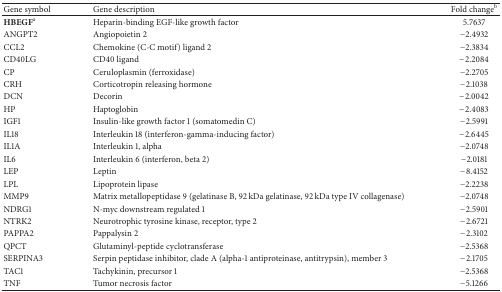
<table><thead><tr><td><b>Gene symbol</b></td><td><b>Gene description</b></td><td><b>Fold change<sup>b</sup></b></td></tr></thead><tbody><tr><td><b>HBEGF</b><sup>a</sup></td><td>Heparin-binding EGF-like growth factor</td><td>5.7637</td></tr><tr><td>ANGPT2</td><td>Angiopoietin 2</td><td>−2.4932</td></tr><tr><td>CCL2</td><td>Chemokine (C-C motif) ligand 2</td><td>−2.3834</td></tr><tr><td>CD40LG</td><td>CD40 ligand</td><td>−2.2084</td></tr><tr><td>CP</td><td>Ceruloplasmin (ferroxidase)</td><td>−2.2705</td></tr><tr><td>CRH</td><td>Corticotropin releasing hormone</td><td>−2.1038</td></tr><tr><td>DCN</td><td>Decorin</td><td>−2.0042</td></tr><tr><td>HP</td><td>Haptoglobin</td><td>−2.4083</td></tr><tr><td>IGF1</td><td>Insulin-like growth factor 1 (somatomedin C)</td><td>−2.5991</td></tr><tr><td>IL18</td><td>Interleukin 18 (interferon-gamma-inducing factor)</td><td>−2.6445</td></tr><tr><td>IL1A</td><td>Interleukin 1, alpha</td><td>−2.0748</td></tr><tr><td>IL6</td><td>Interleukin 6 (interferon, beta 2)</td><td>−2.0181</td></tr><tr><td>LEP</td><td>Leptin</td><td>−8.4152</td></tr><tr><td>LPL</td><td>Lipoprotein lipase</td><td>−2.2238</td></tr><tr><td>MMP9</td><td>Matrix metallopeptidase 9 (gelatinase B, 92 kDa gelatinase, 92 kDa type IV collagenase)</td><td>−2.0748</td></tr><tr><td>NDRG1</td><td>N-myc downstream regulated 1</td><td>−2.5901</td></tr><tr><td>NTRK2</td><td>Neurotrophic tyrosine kinase, receptor, type 2</td><td>−2.6721</td></tr><tr><td>PAPPA2</td><td>Pappalysin 2</td><td>−2.3102</td></tr><tr><td>QPCT</td><td>Glutaminyl-peptide cyclotransferase</td><td>−2.5368</td></tr><tr><td>SERPINA3</td><td>Serpin peptidase inhibitor, clade A (alpha-1 antiproteinase, antitrypsin), member 3</td><td>−2.1705</td></tr><tr><td>TAC1</td><td>Tachykinin, precursor 1</td><td>−2.5368</td></tr><tr><td>TNF</td><td>Tumor necrosis factor</td><td>−5.1266</td></tr></tbody></table>